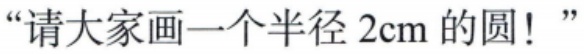
“请大家画一个半径 2cm 的圆！”